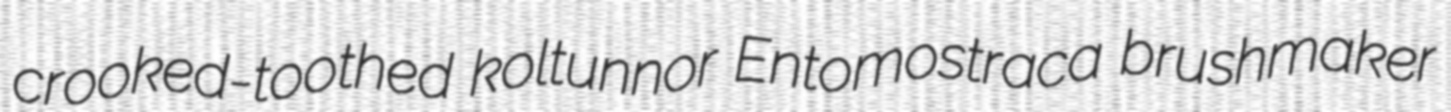
crooked-toothed koltunnor Entomostraca brushmaker